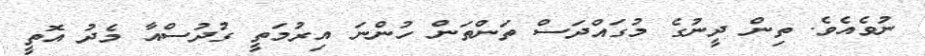
ނުވެއެވެ. ތިން ދީނުގެ މުގައްދަސް ތަންތަން ހުންނަ އިރުމަތީ ގުދުސްއާ މެދު އޮތީ